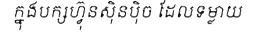
ក្នុងបក្សហ្វ៊ុនស៊ិនប៉ិច ដែលទម្លាយ